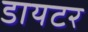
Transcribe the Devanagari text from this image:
डायटर